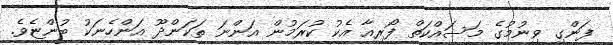
ފަންގި ވިނުމުގެ މަސައްކަތް ފޯރިއާ އެކު ކުރަމުން އަންނަ ތަކަންދޫ އަންހެނަކު ބުންޏެވެ.